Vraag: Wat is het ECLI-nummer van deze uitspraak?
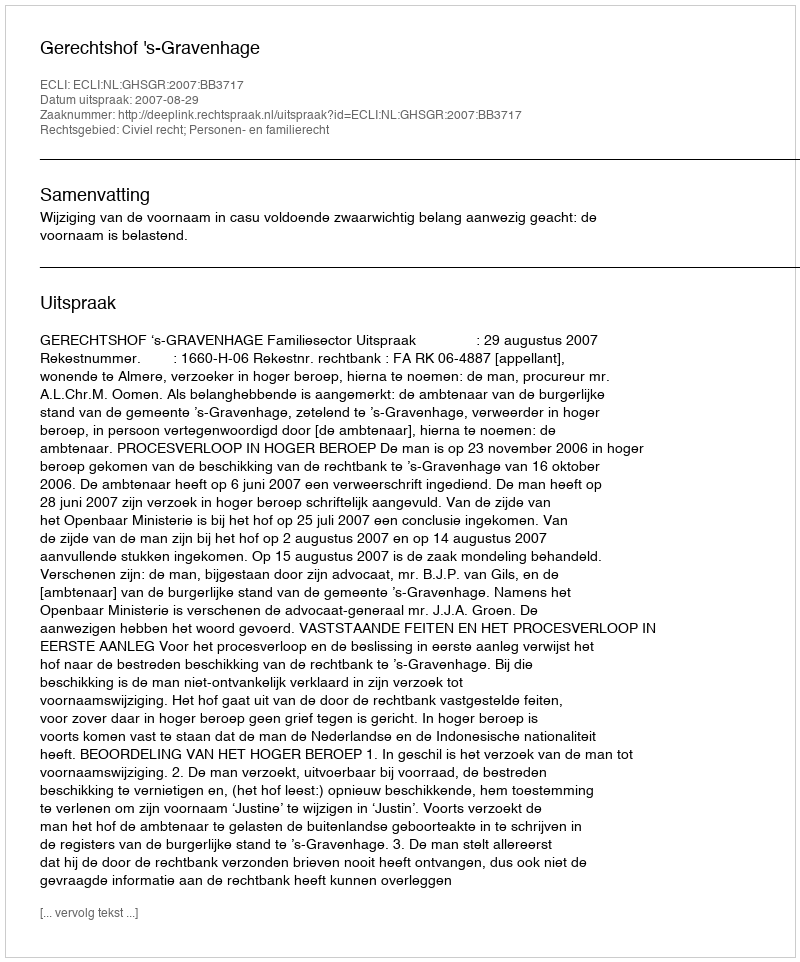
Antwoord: ECLI:NL:GHSGR:2007:BB3717